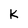
Character: K